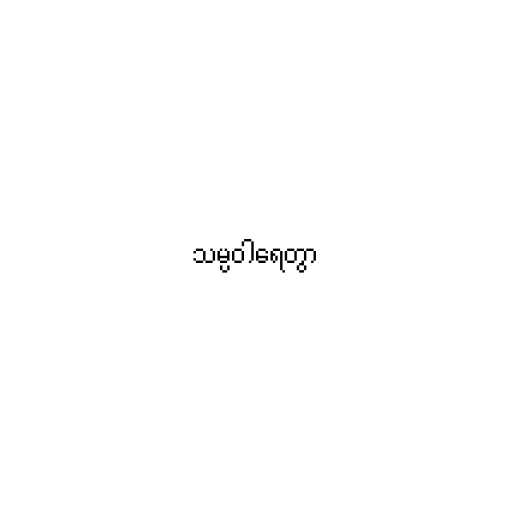
သမ္ပဝါရေတွာ